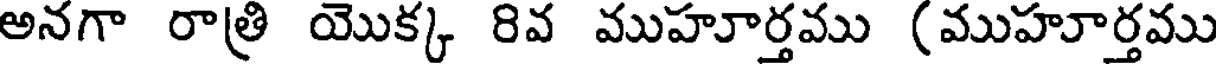
అనగా రాత్రి యొక్క 8వ ముహూర్తము (ముహూర్తము